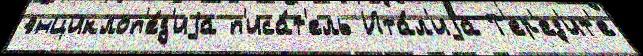
энциклоп'е́д'иjа п'иса́т'ель Ита́л'иjа Т'ер'ез'ит'е